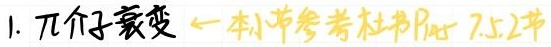
1. $\pi$介子衰变 $\leftarrow$ 本小节参考杜书P147 7.5.2节